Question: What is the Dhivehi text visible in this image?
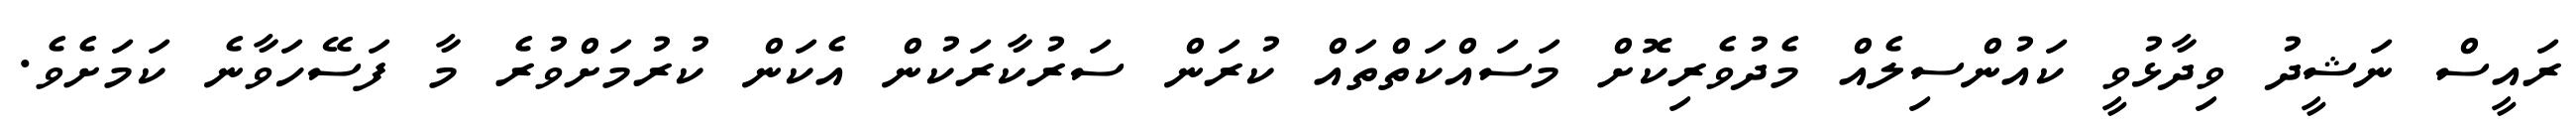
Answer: ރައީސް ނަޝީދު ވިދާޅުވީ ކައުންސިލެއް މެދުވެރިކޮށް މަސައްކަތްތައް ކުރަން ސަރުކާރަކުން އެކަން ކުރުމަށްވުރެ މާ ފަސޭހަވާނެ ކަމަށެވެ.